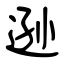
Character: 逊